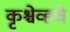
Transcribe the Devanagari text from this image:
कृश्चेव्हचे